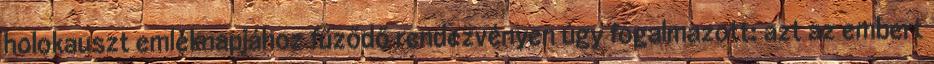
holokauszt emléknapjához fűződő rendezvényen úgy fogalmazott: azt az embert